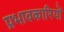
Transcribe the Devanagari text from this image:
प्रभावकारियों